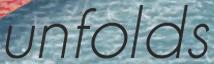
unfolds